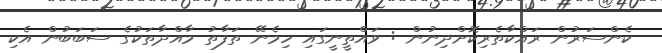
ކެންސަރުން ރައްކާތެރިކޮށްދިނުން : ވައްތީނީގައި ހިމެނޭ ތަފާތު މާއްދާތަކުގެ ސަބަބުން އެކި